Annual report of the Punjab Veterinary College and of the Civil Veterinary Department, Punjab - 1894-1908
Year: 1894
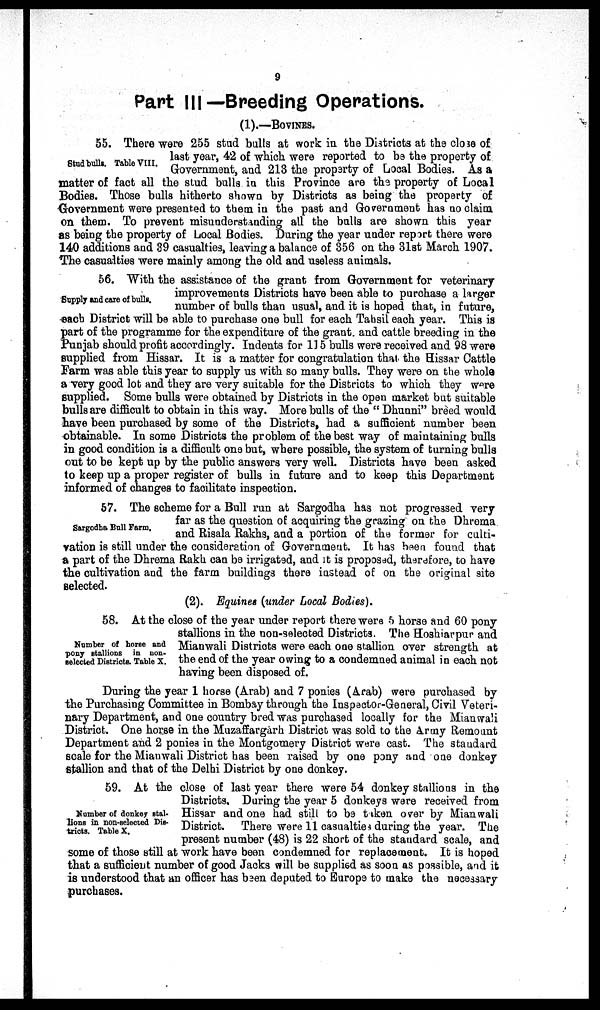
9
Part III—Breeding Operations.
(1).—BOVINES.
Stud bulls. Table VIII.
55. There were 255 stud bulls at work in the Districts at the close of
last year, 42 of which were reported to be the property of
Government, and 213 the property of Local Bodies. As a
matter of fact all the stud bulls in this Province are the property of Local
Bodies. Those bulls hitherto shown by Districts as being the property of
Government were presented to them in the past and Government has no claim
on them. To prevent misunderstanding all the bulls are shown this year
as being the property of Local Bodies. During the year under report there were
140 additions and 39 casualties, leaving a balance of 356 on the 31st March 1907.
The casualties were mainly among the old and useless animals.
Supply and care of bulls.
56. With the assistance of the grant from Government for veterinary
improvements Districts have been able to purchase a larger
number of bulls than usual, and it is hoped that, in future,
each District will be able to purchase one bull for each Tahsil each year. This is
part of the programme for the expenditure of the grant and cattle breeding in the
Punjab should profit accordingly. Indents for 115 bulls were received and 98 were
supplied from Hissar. It is a matter for congratulation that the Hissar Cattle
Farm was able this year to supply us with so many bulls. They were on the whole
a very good lot and they are very suitable for the Districts to which they were
supplied. Some bulls were obtained by Districts in the open market but suitable
bulls are difficult to obtain in this way. More bulls of the "Dhunni" breed would
have been purchased by some of the Districts, had a sufficient number been
obtainable. In some Districts the problem of the best way of maintaining bulls
in good condition is a difficult one but, where possible, the system of turning bulls
out to be kept up by the public answers very well. Districts have been asked
to keep up a proper register of bulls in future and to keep this Department
informed of changes to facilitate inspection.
Sargodha Bull Farm.
57. The scheme for a Bull run at Sargodha has not progressed very
far as the question of acquiring the grazing on the Dhrema
and Risala Rakhs, and a portion of the former for culti-
vation is still under the consideration of Government. It has been found that
a part of the Dhrema Rakh can be irrigated, and it is proposed, therefore, to have
the cultivation and the farm buildings there instead of on the original site
selected.
(2). Equines (under Local Bodies).
Number of horse and
pony stallions in non-
selected Districts. Table X.
58. At the close of the year under report there were 5 horse and 60 pony
stallions in the non-selected Districts. The Hoshiarpur and
Mianwali Districts were each one stallion over strength at
the end of the year owing to a condemned animal in each not
having been disposed of.
During the year 1 horse (Arab) and 7 ponies (Arab) were purchased by
the Purchasing Committee in Bombay through the Inspector-General, Civil Veteri-
nary Department, and one country bred was purchased locally for the Mianwali
District. One horse in the Muzaffargarh District was sold to the Army Remount
Department and 2 ponies in the Montgomery District were cast. The standard
scale for the Mianwali District has been raised by one pony and one donkey
stallion and that of the Delhi District by one donkey.
Number of donkey stal-
lions in non-selected Dis-
tricts. Table X.
59. At the close of last year there were 54 donkey stallions in the
Districts. During the year 5 donkeys were received from
Hissar and one had still to be taken over by Mianwali
District. There were 11 casualties during the year. The
present number (48) is 22 short of the standard scale, and
some of those still at work have been condemned for replacement. It is hoped
that a sufficient number of good Jacks will be supplied as soon as possible, and it
is understood that an officer has been deputed to Europe to make the necessary
purchases.